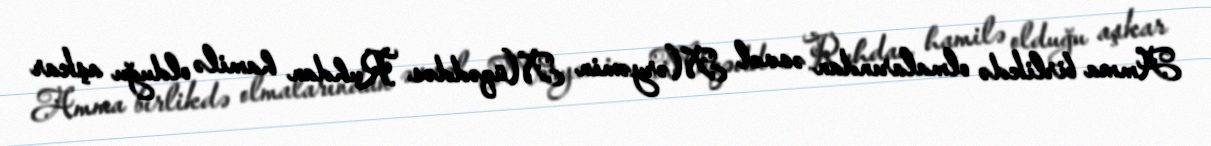
Amma birlikdə olmalarından əvvəl Məryəmin Müqəddəs Ruhdan hamilə olduğu aşkar